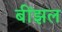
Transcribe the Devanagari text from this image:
बींझल